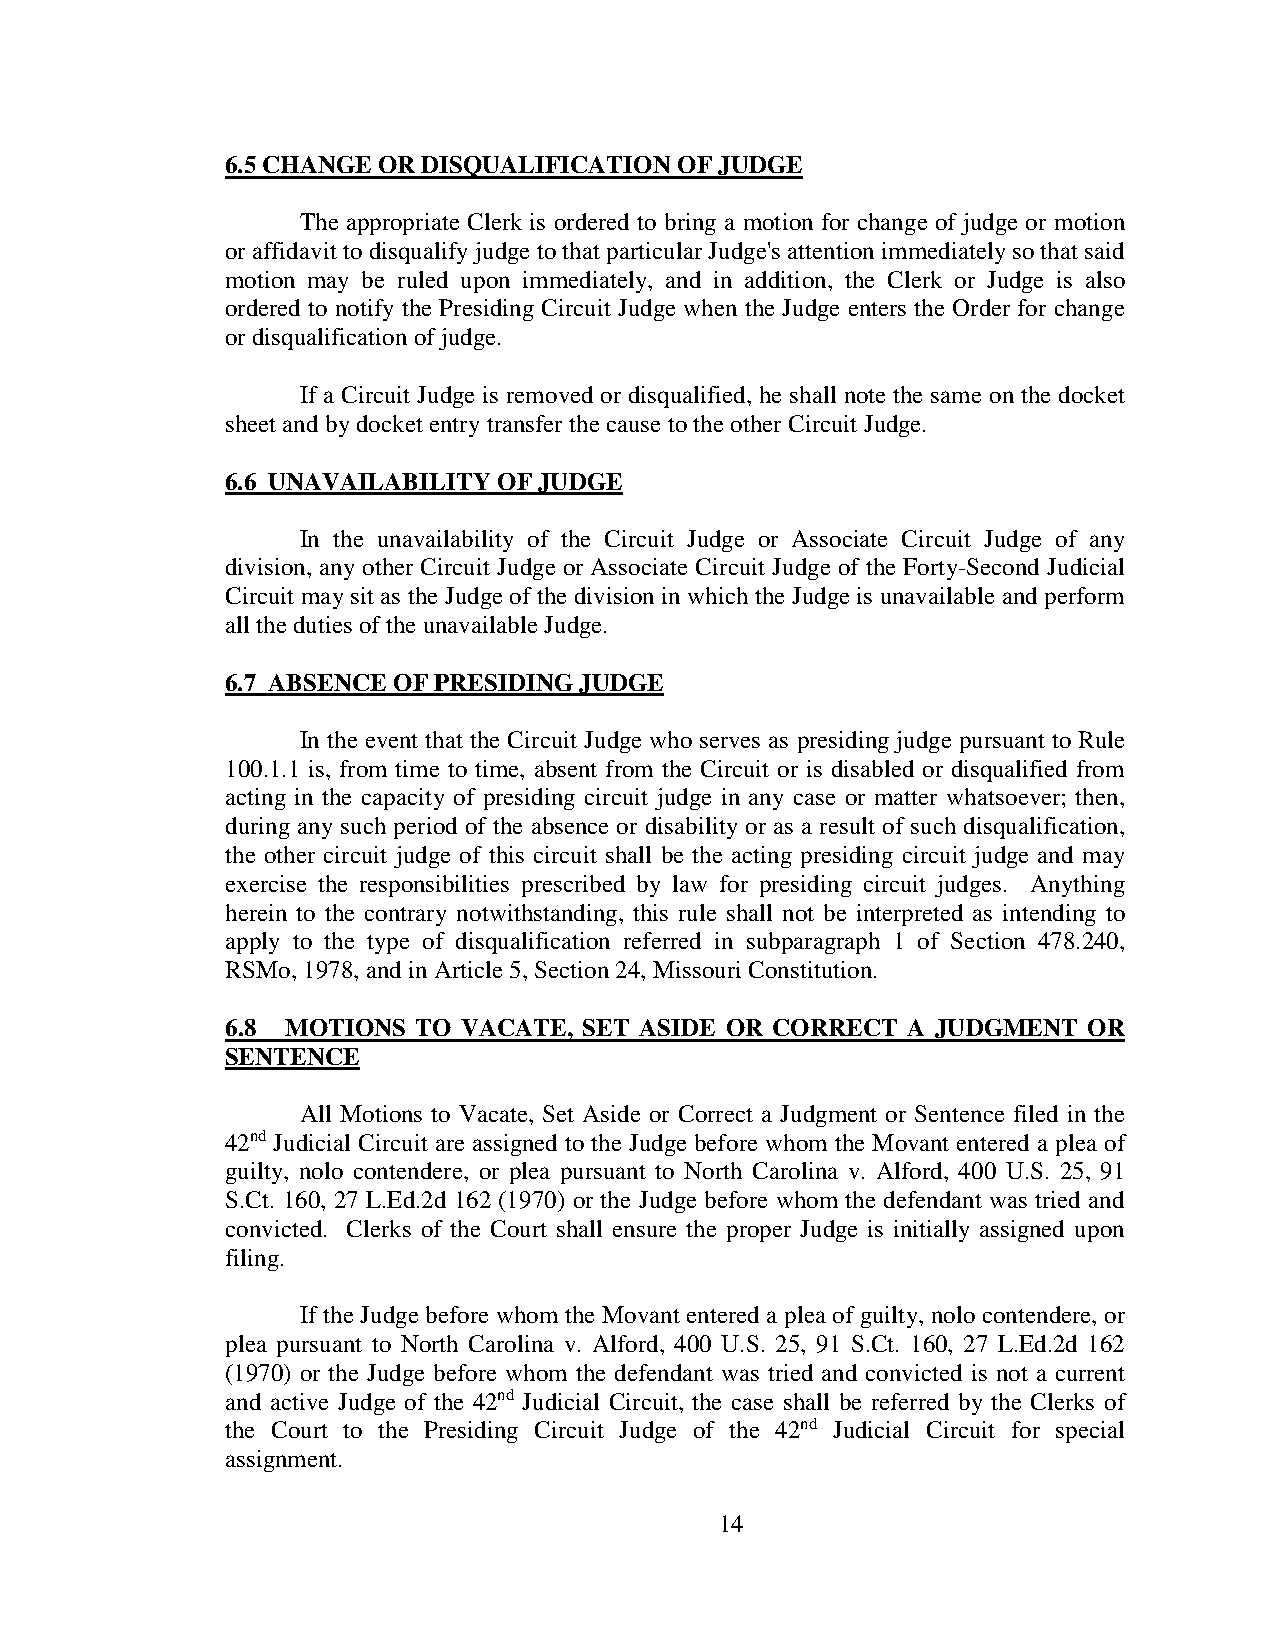
6.5 CHANGE OR DISQUALIFICATION OF JUDGE
 The appropriate Clerk is ordered to bring a motion for change of judge or motion
 or affidavit to disqualify judge to that particular Judge's attention immediately so that said
 motion may be ruled upon immediately, and in addition, the Clerk or Judge is also
 ordered to notify the Presiding Circuit Judge when the Judge enters the Order for change
 or disqualification of judge.
 If a Circuit Judge is removed or disqualified, he shall note the same on the docket
 sheet and by docket entry transfer the cause to the other Circuit Judge.
 6.6 UNAVAILABILITY OF JUDGE
 In the unavailability of the Circuit Judge or Associate Circuit Judge of any
 division, any other Circuit Judge or Associate Circuit Judge of the Forty-Second Judicial
 Circuit may sit as the Judge of the division in which the Judge is unavailable and perform
 all the duties of the unavailable Judge.
 6.7 ABSENCE OF PRESIDING JUDGE
 In the event that the Circuit Judge who serves as presiding judge pursuant to Rule
 100.1.1 is, from time to time, absent from the Circuit or is disabled or disqualified from
 acting in the capacity of presiding circuit judge in any case or matter whatsoever; then,
 during any such period of the absence or disability or as a result of such disqualification,
 the other circuit judge of this circuit shall be the acting presiding circuit judge and may
 exercise the responsibilities prescribed by law for presiding circuit judges. Anything
 herein to the contrary notwithstanding, this rule shall not be interpreted as intending to
 apply to the type of disqualification referred in subparagraph 1 of Section 478.240,
 RSMo, 1978, and in Article 5, Section 24, Missouri Constitution.
 6.8 MOTIONS  TO VACATE, SET ASIDE OR CORRECT A JUDGMENT  OR
 SENTENCE
 All Motions to Vacate, Set Aside or Correct a Judgment or Sentence filed in the
 42nd Judicial Circuit are assigned to the Judge before whom the Movant entered a plea of
 guilty, nolo contendere, or plea pursuant to North Carolina v. Alford, 400 U.S. 25, 91
 S.Ct. 160, 27 L.Ed.2d 162 (1970) or the Judge before whom the defendant was tried and
 convicted. Clerks of the Court shall ensure the proper Judge is initially assigned upon
 filing.
 If the Judge before whom the Movant entered a plea of guilty, nolo contendere, or
 plea pursuant to North Carolina v. Alford, 400 U.S. 25, 91 S.Ct. 160, 27 L.Ed.2d 162
 (1970) or the Judge before whom the defendant was tried and convicted is not a current
 and active Judge of the 42nd Judicial Circuit, the case shall be referred by the Clerks of
 the Court to the Presiding Circuit Judge of the 42nd Judicial Circuit for special
 assignment.
 14